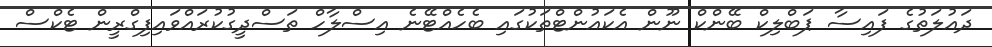
ދައުލަތުގެ ފައިސާ ޕަބްލިކް ބޭންކް ނޫން އެކައުންޓްތަކުގައި ބެހެއްޓޭނެ އިސްލާހް ތަސްދީގުކުރައްވައިފިގްރީން ޓެކްސް